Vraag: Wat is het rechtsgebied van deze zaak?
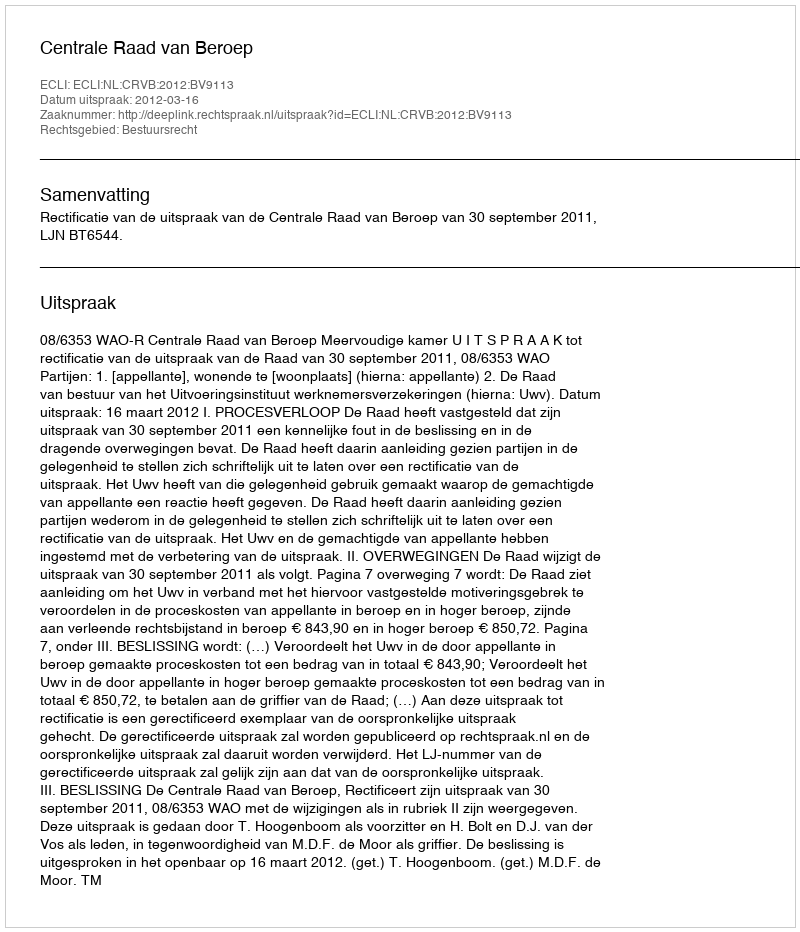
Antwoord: Bestuursrecht